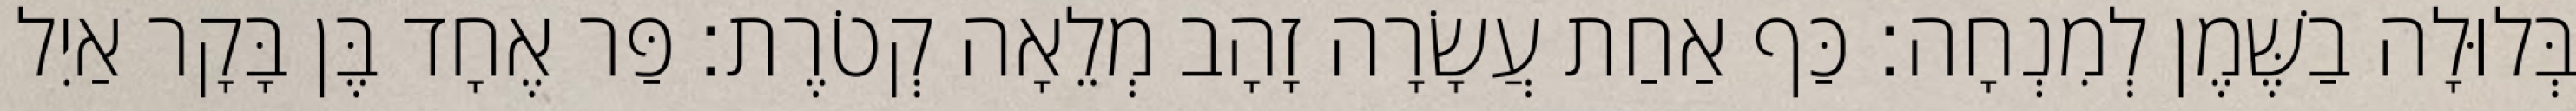
בְּלוּלָה בַשֶּׁמֶן לְמִנְחָה׃ כַּף אַחַת עֲשָׂרָה זָהָב מְלֵאָה קְטֹרֶת׃ פַּר אֶחָד בֶּן בָּקָר אַיִל